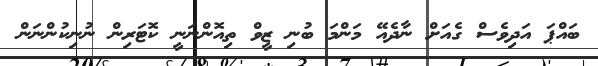
ބައްޕަ އަދިވެސް ގެއަށް ނާދެއޭ މަންމަ ބުނި ޒީވް ތިއޮންނަނީ ކޮޓަރިން ނުނިކުންނަން